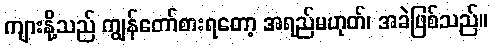
ကျားနို့သည် ကျွန်တော်စားရတော့ အရည်မဟုတ်၊ အခဲဖြစ်သည်။